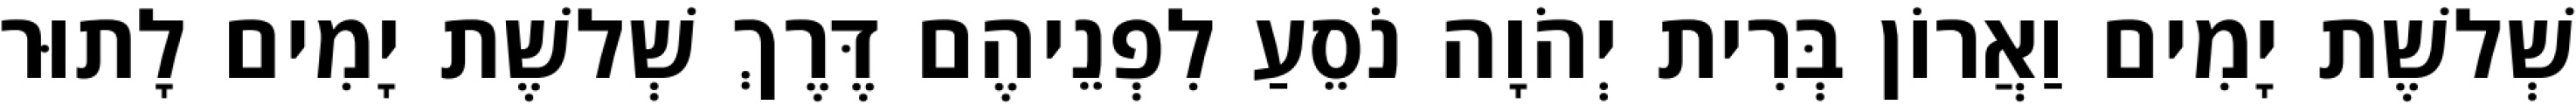
שְׁלשֶׁת יָמִים וַאֲרוֹן בְּרִית יְהֹוָה נֹסֵעַ לִפְנֵיהֶם דֶּרֶךְ שְׁלשֶׁת יָמִים לָתוּר